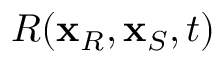
R ( \mathbf { x } _ { R } , \mathbf { x } _ { S } , t )